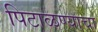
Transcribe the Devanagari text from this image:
पिटाळण्याचा